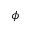
\phi